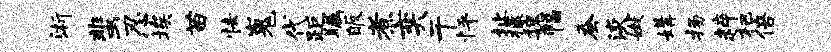
浙蜚忍埃苗怯嵬代距瞩皈煮奕干怦址檬魏幅蚕淡嫩媾扬粹杷倍